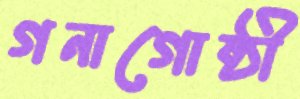
গনাগোষ্ঠী